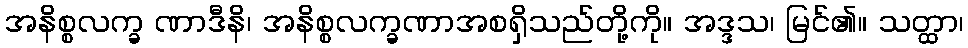
အနိစ္စလက္ခ ဏာဒီနိ၊ အနိစ္စလက္ခဏာအစရှိသည်တို့ကို။ အဒ္ဒသ၊ မြင်၏။ သတ္ထာ၊